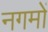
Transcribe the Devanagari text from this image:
नगमों